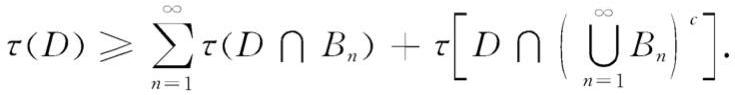
\[
\tau(D) \geqslant \sum_{n = 1}^{\infty} \tau(D \cap B_{n})+\tau\left[D \cap\left(\bigcup_{n = 1}^{\infty} B_{n}\right)^{c}\right].
\]